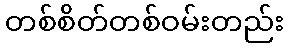
တစ်စိတ်တစ်ဝမ်းတည်း